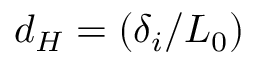
d _ { H } = ( \delta _ { i } / L _ { 0 } )